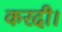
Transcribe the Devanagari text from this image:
करदी।